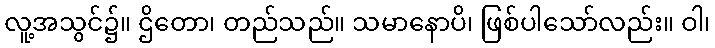
လူ့အသွင်၌။ ဌိတော၊ တည်သည်။ သမာနောပိ၊ ဖြစ်ပါသော်လည်း။ ဝါ၊